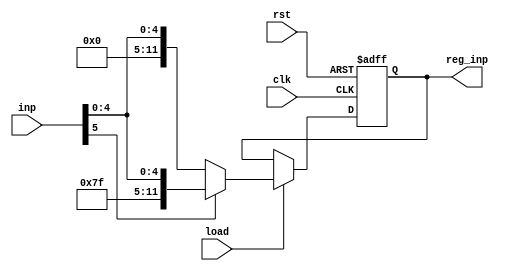
module reg_6bit(inp,load,clk,rst,reg_inp);
    input [5:0] inp;
    input load,clk,rst;
    output reg [11:0] reg_inp;
    always @(posedge clk,posedge rst) begin
      if(rst) reg_inp <=12'b 0;
      else if (load) begin
        if (inp[5] == 1'b0) reg_inp <= {6'b0,inp};
        else  reg_inp <= {6'b111111,inp};
      end
    end
endmodule